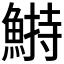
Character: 𩹭